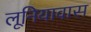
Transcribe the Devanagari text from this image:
लूनियावास